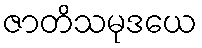
ဇာတိသမုဒယေ